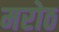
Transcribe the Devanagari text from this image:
मरोठ